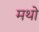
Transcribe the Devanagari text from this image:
मथो